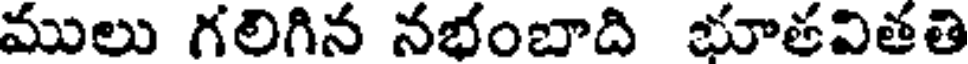
ములు గలిగిన నభంబాది భూతవితతి